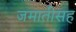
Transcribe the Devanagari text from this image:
जमातीसह